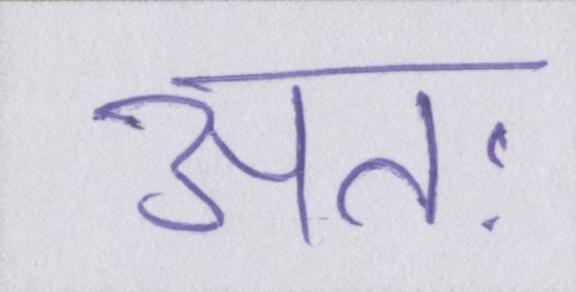
अतः